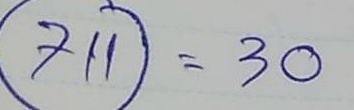
711 = 30